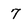
Character: 7